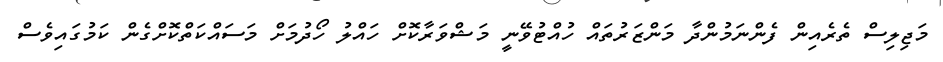
މަޖިލިސް ތެރެއިން ފެންނަމުންދާ މަންޒަރުތައް ހުއްޓުވޭނީ މަޝްވަރާކޮށް ހައްލު ހޯދުމަށް މަސައްކަތްކޮށްގެން ކަމުގައިވެސް